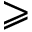
\geqslant